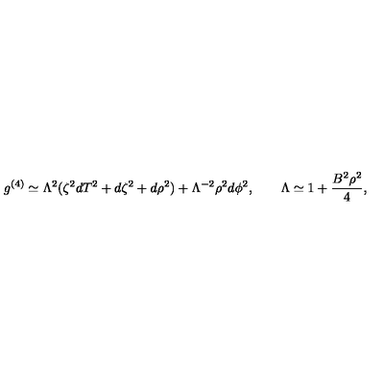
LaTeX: g ^ { ( 4 ) } \simeq \Lambda ^ { 2 } ( \zeta ^ { 2 } d T ^ { 2 } + d \zeta ^ { 2 } + d \rho ^ { 2 } ) + \Lambda ^ { - 2 } \rho ^ { 2 } d \phi ^ { 2 } , \qquad \Lambda \simeq 1 + \frac { B ^ { 2 } \rho ^ { 2 } } { 4 } ,